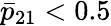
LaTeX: \bar{p}_{21}<0.5